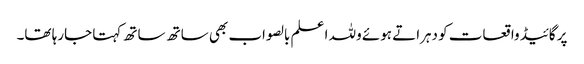
پر گائیڈ واقعات کو دہراتے ہوئے وللہ ا علم بالصواب بھی ساتھ ساتھ کہتا جارہا تھا۔